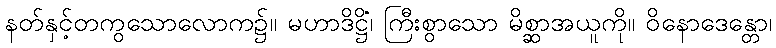
နတ်နှင့်တကွသောလောက၌။ မဟာဒိဋ္ဌိံ၊ ကြီးစွာသော မိစ္ဆာအယူကို။ ဝိနောဒေန္တော၊